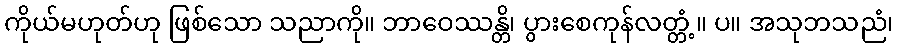
ကိုယ်မဟုတ်ဟု ဖြစ်သော သညာကို။ ဘာဝေဿန္တိ၊ ပွားစေကုန်လတ္တံ့။ ပ။ အသုဘသညံ၊